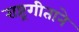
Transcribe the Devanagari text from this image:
राष्ट्रगीताने